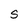
Character: S